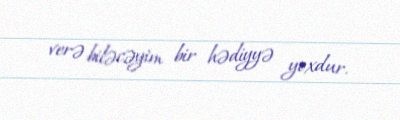
verə biləcəyim bir hədiyyə yoxdur.